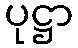
ပုဋ္ဌာ